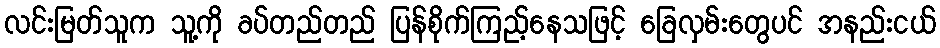
လင်းမြတ်သူက သူ့ကို ခပ်တည်တည် ပြန်စိုက်ကြည့်နေသဖြင့် ခြေလှမ်းတွေပင် အနည်းငယ်